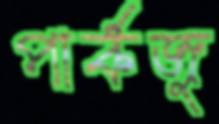
পার্কজু